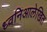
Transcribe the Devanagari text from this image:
ध्वनिआलेखित